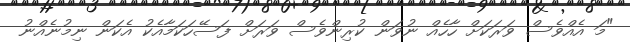
"މަ އެއްވެސް ވަރަކަށް ހާހެއް ނުވަން ކުރިންވެސް ވަރަށް ފަސޭހަކަމާއެކު އެކަން ނިމުނެއްނު